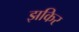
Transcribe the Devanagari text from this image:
झकिर